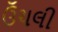
ઉઁચલી